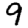
Digit: 9